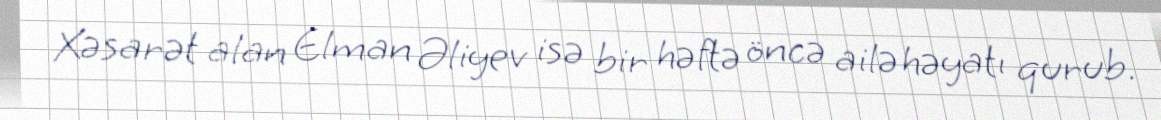
Xəsarət alan Elman Əliyev isə bir həftə öncə ailə həyatı qurub.